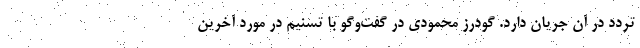
تردد در آن جریان دارد. گودرز محمودی در گفت‌و‌گو با تسنیم در مورد آخرین